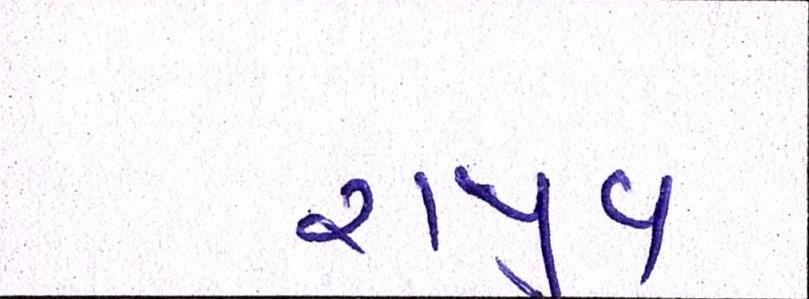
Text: રાજીવ